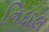
નિદાલ